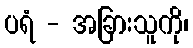
ပရံ - အခြားသူကို၊